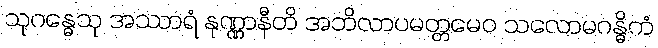
သုဂန္ဓေသု အဿာရံ နုဏ္ဏာနီတိ အဘိလာပမတ္တမေဝ သလောမဂန္ဓိကံ